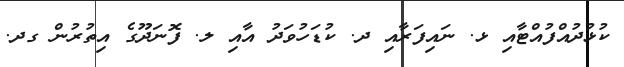
ކުޅުދުއްފުއްޓާއި ޅ. ނައިފަރާއި ދ. ކުޑަހުވަދު އާއި ލ. ފޮނަދޫގެ އިތުރުން ގދ.